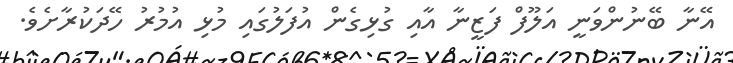
އޭނާ ބޭނުންވަނީ އަލޫފް ފަޒީނާ އާއި ގުޅިގެން އުފަލުގައި މުޅި އުމުރު ހޭދަކުރާށެވެ.